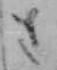
さ